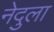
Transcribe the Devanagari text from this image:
नेदुला